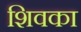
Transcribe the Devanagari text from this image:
शिवका